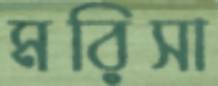
মরিসা